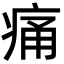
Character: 痛